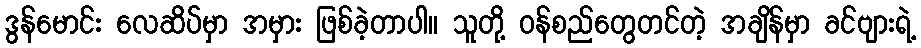
ဒွန်မောင်း လေဆိပ်မှာ အမှား ဖြစ်ခဲ့တာပါ။ သူတို့ ဝန်စည်တွေတင်တဲ့ အချိန်မှာ ခင်ဗျားရဲ့